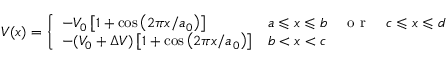
V ( x ) = \left\{ \begin{array} { l l l } { - V _ { 0 } \left[ 1 + \cos \left( 2 \pi x / a _ { 0 } \right) \right] } & { a \leqslant x \leqslant b \quad \mathrm { ~ o ~ r ~ } \quad c \leqslant x \leqslant d } \\ { - ( V _ { 0 } + \Delta V ) \left[ 1 + \cos \left( 2 \pi x / a _ { 0 } \right) \right] } & { b < x < c } \end{array} \quad \right.